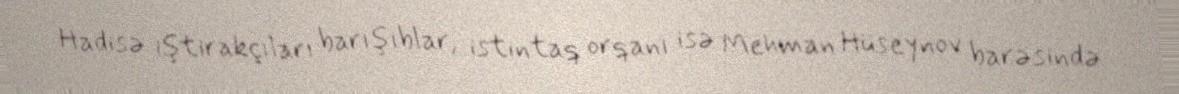
Hadisə iştirakçıları barışıblar, istintaq orqanı isə Mehman Hüseynov barəsində